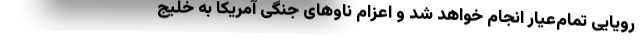
رویایی تمام‌عیار انجام خواهد شد و اعزام ناوهای جنگی آمریکا به خلیج